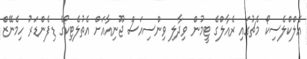
އެލްކްލެސިކޯ މެޗުގައި ރެއާލްގެ ޓީމުން ވިދާލި ވިންސިއަސް ޖޫނިއާއަށް އެތުލެޓިކޯގެ ޑިފެންޑަރު ހިމެނޭޒް